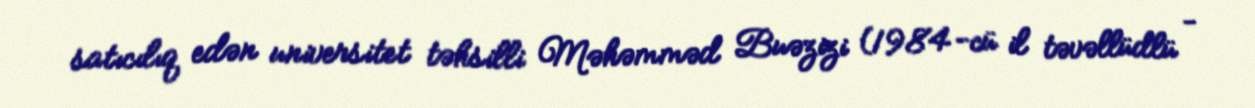
satıcılıq edən universitet təhsilli Məhəmməd Buəzizi (1984-cü il təvəllüdlü -